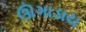
ઊગાડાય